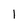
Character: 1